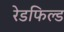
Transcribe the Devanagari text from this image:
रेडफिल्ड